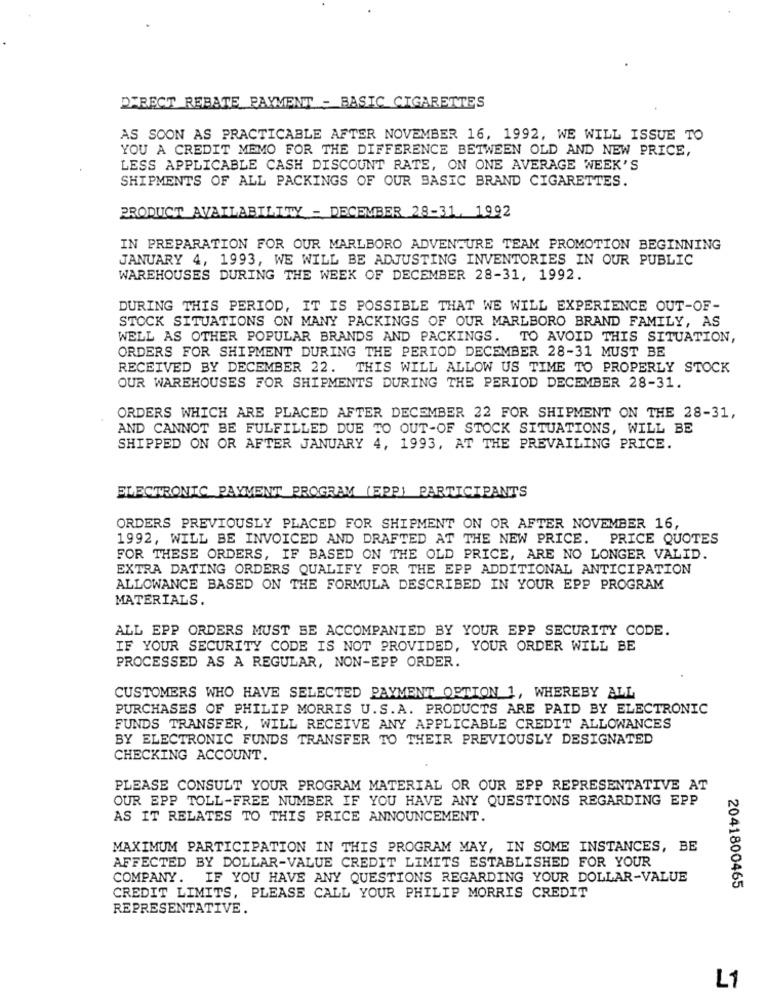
DIRECT REBATE PAYMENT - BASIC CIGARETTES
AS SOON AS PRACTICABLE AFTER NOVEMBER 16, 1992, WE WILL ISSUE TO
YOU A CREDIT MEMO FOR THE DIFFERENCE BETWEEN OLD AND NEW PRICE,
LESS APPLICABLE CASH DISCOUNT RATE, ON ONE AVERAGE WEEK'S
SHIPMENTS OF ALL PACKINGS OF OUR BASIC BRAND CIGARETTES.
PRODUCT AVAILABILITY - DECEMBER 28-31, 1992
IN PREPARATION FOR OUR MARLBORO ADVENTURE TEAM PROMOTION BEGINNING
JANUARY 4, 1993, WE WILL BE ADJUSTING INVENTORIES IN OUR PUBLIC
WAREHOUSES DURING THE WEEK OF DECEMBER 28-31, 1992.
DURING THIS PERIOD, IT IS POSSIBLE THAT WE WILL EXPERIENCE OUT-OF-
STOCK SITUATIONS ON MANY PACKINGS OF OUR MARLBORO BRAND FAMILY, AS
WELL AS OTHER POPULAR BRANDS AND PACKINGS. TO AVOID THIS SITUATION,
ORDERS FOR SHIPMENT DURING THE PERIOD DECEMBER 28-31 MUST BE
RECEIVED BY DECEMBER 22. THIS WILL ALLOW US TIME TO PROPERLY STOCK
OUR WAREHOUSES FOR SHIPMENTS DURING THE PERIOD DECEMBER 28-31.
ORDERS WHICH ARE PLACED AFTER DECEMBER 22 FOR SHIPMENT ON THE 28-31,
AND CANNOT BE FULFILLED DUE TO OUT-OF STOCK SITUATIONS, WILL BE
SHIPPED ON OR AFTER JANUARY 4, 1993, AT THE PREVAILING PRICE.
ELECTRONIC PAYMENT PROGRAM (EPP) PARTICIPANTS
ORDERS PREVIOUSLY PLACED FOR SHIPMENT ON OR AFTER NOVEMBER 16,
1992, WILL BE INVOICED AND DRAFTED AT THE NEW PRICE. PRICE QUOTES
FOR THESE ORDERS, IF BASED ON THE OLD PRICE, ARE NO LONGER VALID.
EXTRA DATING ORDERS QUALIFY FOR THE EPP ADDITIONAL ANTICIPATION
ALLOWANCE BASED ON THE FORMULA DESCRIBED IN YOUR EPP PROGRAM
MATERIALS.
ALL EPP ORDERS MUST BE ACCOMPANIED BY YOUR EPP SECURITY CODE.
IF YOUR SECURITY CODE IS NOT PROVIDED, YOUR ORDER WILL BE
PROCESSED AS A REGULAR, NON-EPP ORDER.
CUSTOMERS WHO HAVE SELECTED PAYMENT OPTION 1, WHEREBY ALL
PURCHASES OF PHILIP MORRIS U.S.A. PRODUCTS ARE PAID BY ELECTRONIC
FUNDS TRANSFER, WILL RECEIVE ANY APPLICABLE CREDIT ALLOWANCES
BY ELECTRONIC FUNDS TRANSFER TO THEIR PREVIOUSLY DESIGNATED
CHECKING ACCOUNT
PLEASE CONSULT YOUR PROGRAM MATERIAL OR OUR EPP REPRESENTATIVE AT
OUR EPP TOLL-FREE NUMBER IF YOU HAVE ANY QUESTIONS REGARDING EPP
AS IT RELATES TO THIS PRICE ANNOUNCEMENT.
MAXIMUM PARTICIPATION IN THIS PROGRAM MAY, IN SOME INSTANCES, BE
AFFECTED BY DOLLAR-VALUE CREDIT LIMITS ESTABLISHED FOR YOUR
COMPANY. IF YOU HAVE ANY QUESTIONS REGARDING YOUR DOLLAR-VALUE
2041800465
CREDIT LIMITS, PLEASE CALL YOUR PHILIP MORRIS CREDIT
REPRESENTATIVE.
L1